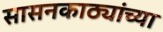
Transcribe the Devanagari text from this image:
सासनकाठ्यांच्या